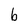
Character: b